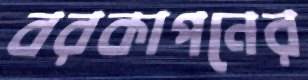
বরকাপনের